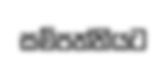
සම්පත්තියට